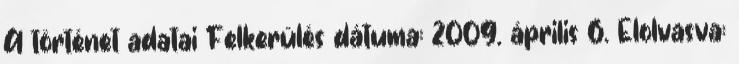
A történet adatai Felkerülés dátuma: 2009. április 6. Elolvasva: